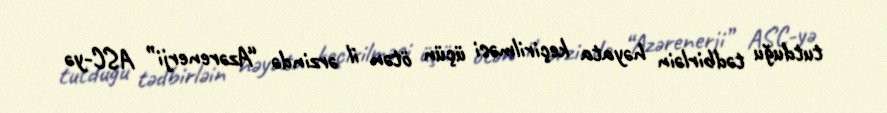
tutduğu tədbirləin həyata keçirilməsi üçün ötən il ərzində “Azərenerji” ASC-yə